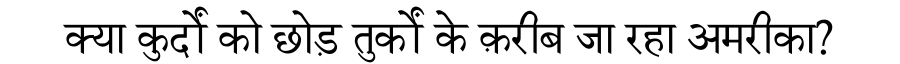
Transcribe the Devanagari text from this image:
क्या कुर्दों को छोड़ तुर्कों के क़रीब जा रहा अमरीका?